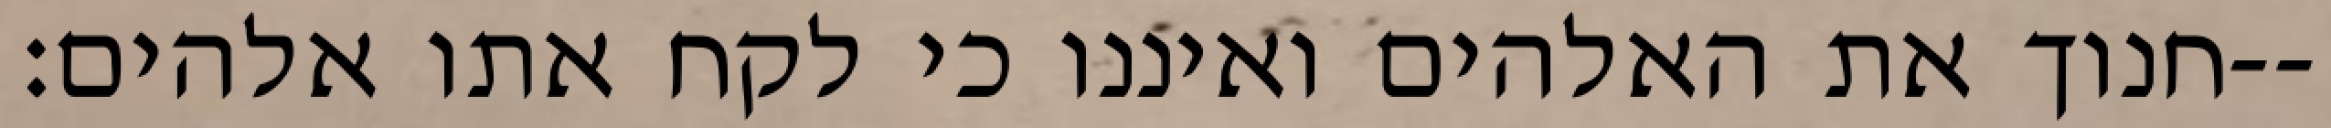
חנוך את האלהים ואיננו כי לקח אתו אלהים׃--